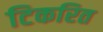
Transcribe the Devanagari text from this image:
टिकरित